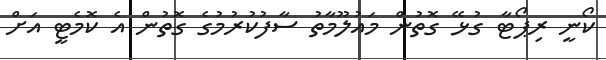
ކޯނީ ރިޕޯޓާ ގުޅޭ ގޮތުން މައުލޫމާތު ސާފުކުރުމުގެ ގޮތުން އެ ކޮމެޓީ އަށް